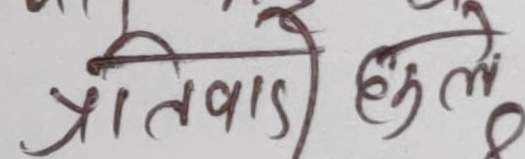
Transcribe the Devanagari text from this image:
प्रतिवादी हुले